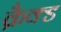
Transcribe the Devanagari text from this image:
क्रैक्ड